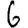
Digit: 6